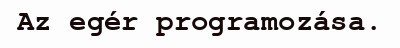
Az egér programozása.